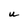
Character: U